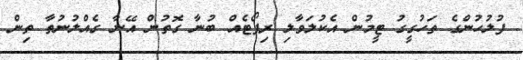
ފުލުހުންގެ ތަހުގީގު ޓީމުން އެކުލަވާލި ރިޕޯޓެއް ބުނާ ގޮތުން އޭނާ ގެއްލުނުތާ ތިން